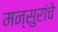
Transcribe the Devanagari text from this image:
मन्सुरांचे